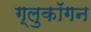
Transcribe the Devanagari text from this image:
ग्लुकॉगन